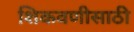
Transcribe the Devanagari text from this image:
शिकवणीसाठी